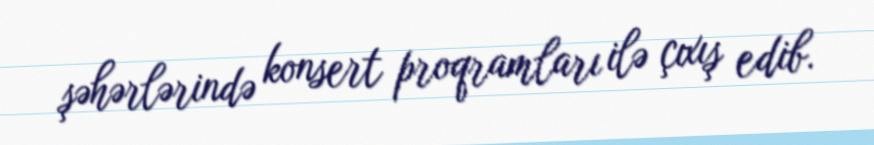
şəhərlərində konsert proqramları ilə çıxış edib.